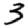
Digit: 3